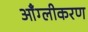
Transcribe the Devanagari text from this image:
आँग्लीकरण